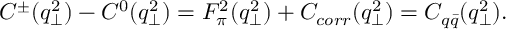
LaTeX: C ^ { \pm } ( q _ { \perp } ^ { 2 } ) - C ^ { 0 } ( q _ { \perp } ^ { 2 } ) = F _ { \pi } ^ { 2 } ( q _ { \perp } ^ { 2 } ) + C _ { c o r r } ( q _ { \perp } ^ { 2 } ) = C _ { q \bar { q } } ( q _ { \perp } ^ { 2 } ) .